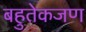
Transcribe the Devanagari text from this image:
बहुतेकजण